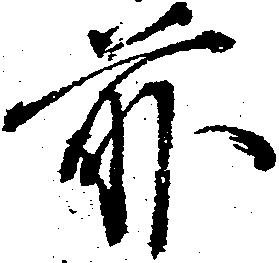
前